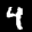
Label: 4